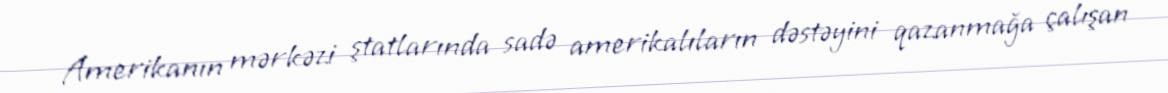
Amerikanın mərkəzi ştatlarında sadə amerikalıların dəstəyini qazanmağa çalışan